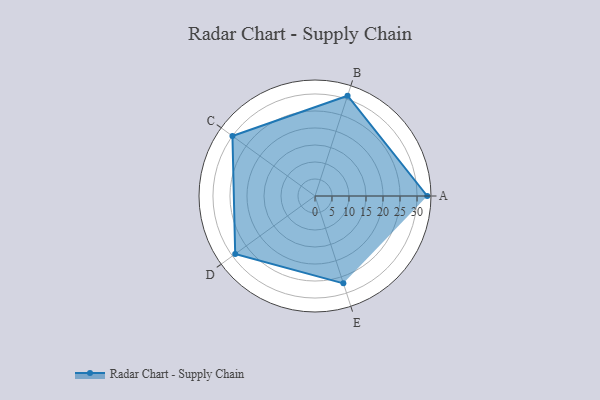
{"axis": {"x": "Skill", "y": "Score"}, "legend": ["Profile"], "data": [{"x": "A", "y": 33.0, "type": "Profile"}, {"x": "B", "y": 31.0, "type": "Profile"}, {"x": "C", "y": 30.0, "type": "Profile"}, {"x": "D", "y": 29.0, "type": "Profile"}, {"x": "E", "y": 27.0, "type": "Profile"}]}